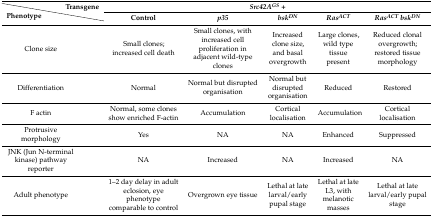
|  | Transgene | <COLSPAN=5> Src42AGS + |
 | Phenotype |  | Control | p35 | bskDN | RasACT | RasACT bskDN |
 | --- | --- | --- | --- | --- | --- | --- |
 | <COLSPAN=2> Clone size | Small clones; increased cell death | Small clones, with increased cell proliferation in adjacent wild-type clones | Increased clone size, and basal overgrowth | Large clones, wild type tissue present | Reduced clonal overgrowth; restored tissue morphology |
 | <COLSPAN=2> Differentiation | Normal | Normal but disrupted organisation | Normal but disrupted organisation | Reduced | Restored |
 | <COLSPAN=2> F actin | Normal, some clones show enriched F-actin | Accumulation | Cortical localisation | Accumulation | Cortical localisation |
 | <COLSPAN=2> Protrusive morphology | Yes | NA | NA | Enhanced | Suppressed |
 | <COLSPAN=2> JNK (Jun N-terminal kinase) pathway reporter | NA | Increased | NA | Increased | NA |
 | <COLSPAN=2> Adult phenotype | 1–2 day delay in adult eclosion, eye phenotype comparable to control | Overgrown eye tissue | Lethal at late larval/early pupal stage | Lethal at late L3, with melanotic masses | Lethal at late larval/early pupal stage |